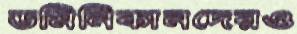
ডমিনিকানদেরও